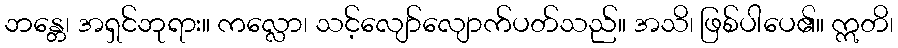
ဘန္တေ၊ အရှင်ဘုရား။ ကလ္လော၊ သင့်လျော်လျောက်ပတ်သည်။ အသိ၊ ဖြစ်ပါပေ၏။ ဣတိ၊